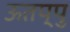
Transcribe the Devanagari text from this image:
ऊतप्पु